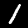
Digit: 1